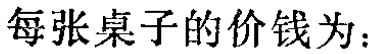
每张桌子的价钱为：